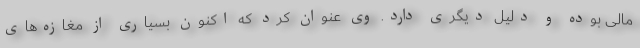
مالی بوده و دلیل دیگری دارد. وی عنوان کرد که اکنون بسیاری از مغازه‌های